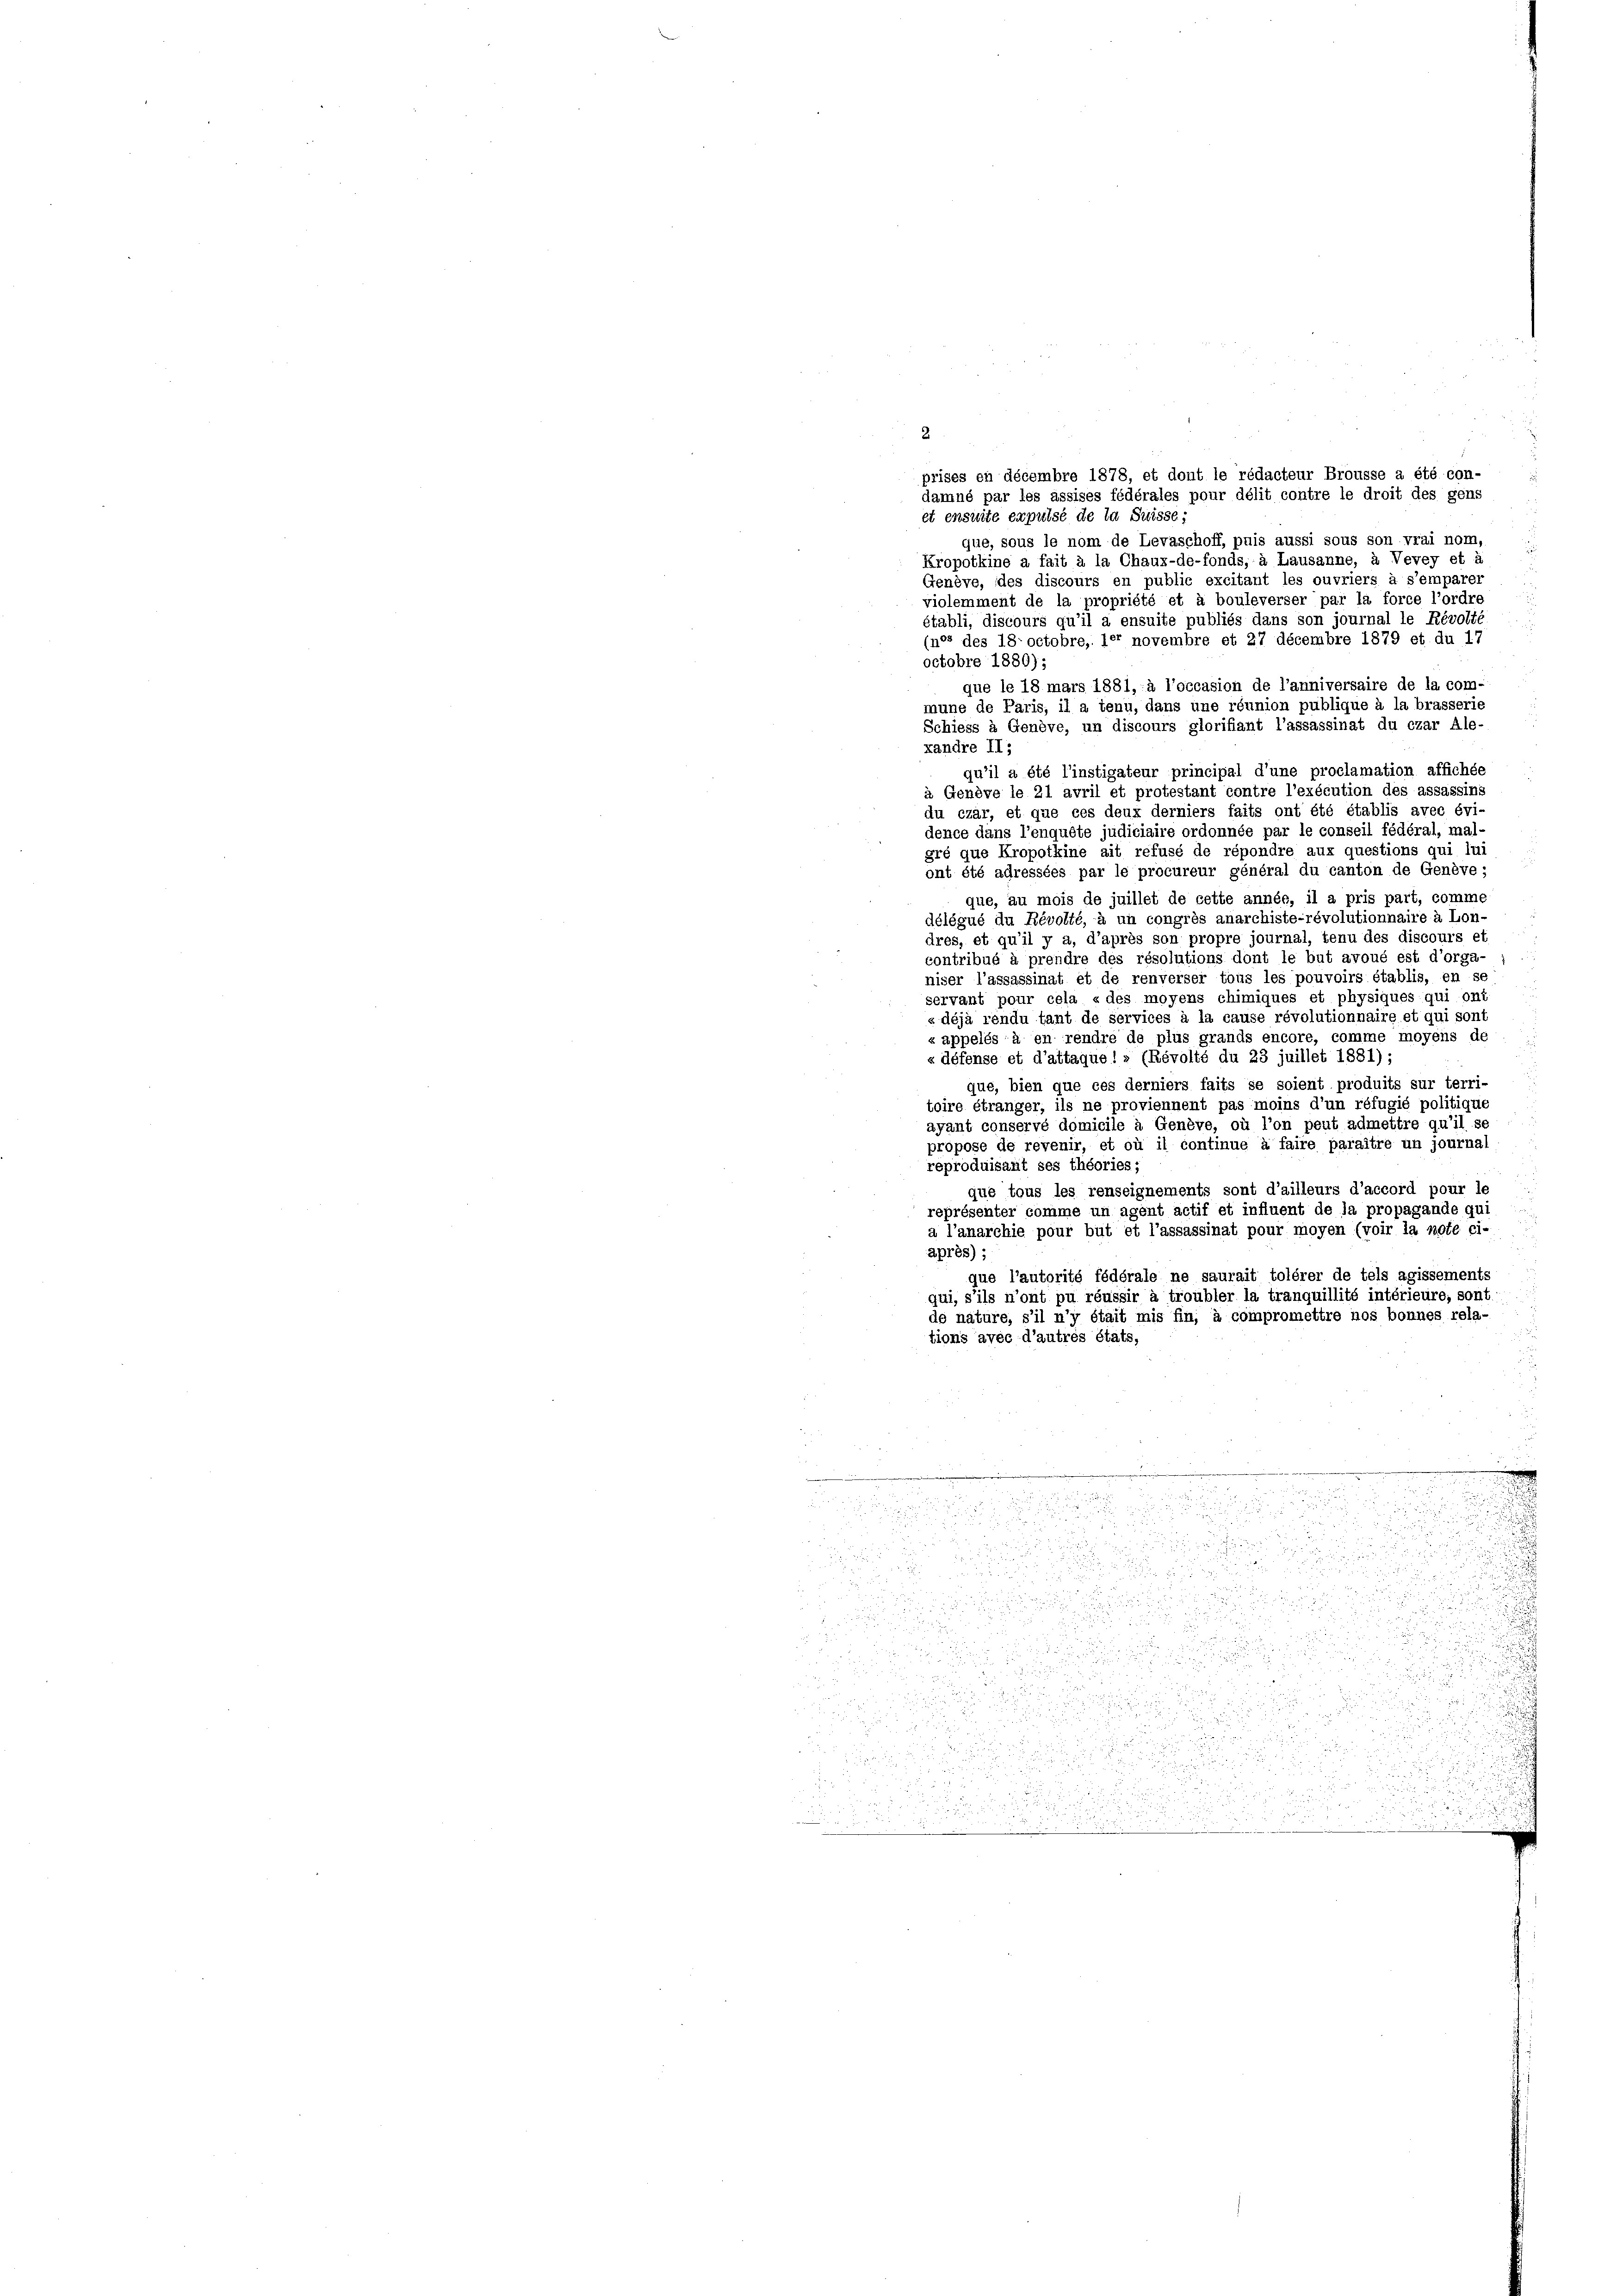
2.
prises en décembre 1878, et dont le rédacteur Brousse a été con-
damné par les assises fédérales pour délit contre le droit des gens
et ensuite expulsé de la Suisse;
que, sous le nom de Levaschoff, puis aussi sous son vrai nom,
Kropotkine a fait à la Chaux-de-fonds, à Lausanne, à Vevey et à
Genève, des discours en public excitant les ouvriers à s’emparer
violemment de la propriété et à bouleverser par la force l’ordre
établi, discours qu’il a ensuite publiés dans son journal le Révolté
(nos des 18octobre, der novembre et 27 décembre 1879 et du 17
octobre 1880);
que le 18 mars 1881, à l’occasion de l’anniversaire de la com-
mune de Paris, il a tenu, dans une réunion publique à la brasserie
Schiess à Genève, un discours glorifiant l’assassinat du czar Ale-
xandre II,
qu’il a été l’instigateur principal d’une proclamation affichée
à Genève le 21 avril et protestant contre l’exécution des assassine
du czar, et que ces deux derniers faits ont été établis avec évi
dence dans l’enquête judiciaire ordonnée par le conseil fédéral, mal
gré que Kropotkine ait refusé de répondre aux questions qui lui
ont été adressées par le procureur général du canton de Genève;
que, au mois de juillet de cette année, il a pris part, comme
délégué du Révolté, à un congrès anarchiste-révolutionnaire à Lon-
dres, et qu’il y a, d’après son propre journal, tenu des discours et
contribué à prendre des résolutions dont le but avoué est d’orga-
niser l’assassinat et de renverser tous les pouvoirs établis, en so
 servant pour cela « des moyens chimiques et physiques qui ont
« déjà rendu tant de services à la cause révolutionnaire et qui sont
« appelés à en rendre de plus grands encore, comme moyens de
« défense et d’attaque: » (Révolté du 23 juillet 1881);
que, bien que ces derniers faits se soient produits sur terri-
toire étranger, ils ne proviennent pas moins d’un réfugié politique
ayant conservé domicile à Genève, où l’on peut admettre qu’il se
propose de revenir, et où il continue à faire paraître un journal
reproduisant ses théories;
que tous les renseignements sont d’ailleurs d’accord pour le
représenter comme un agent actif et influent de la propagande qui
a l’anarchie pour but et l’assassinat pour moyen (voir la note ci-
après);
que l’autorité fédérale ne saurait tolérer de tels agissements
qui, s’ils n’ont pu réussir à troubler la tranquillité intérieure, sont
de nature, s’il n’y était mis fin, à compromettre nos bonnes rela-
tions avec d’autres états,
.